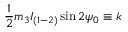
\frac 1 2 m _ { 3 } I _ { ( 1 - 2 ) } \sin 2 \psi _ { 0 } \equiv k